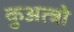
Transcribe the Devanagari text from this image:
कुअत्त्रो